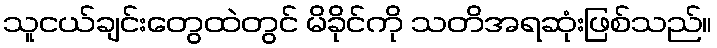
သူငယ်ချင်းတွေထဲတွင် မိခိုင်ကို သတိအရဆုံးဖြစ်သည်။